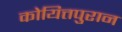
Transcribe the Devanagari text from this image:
कोयित्तपुरान